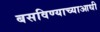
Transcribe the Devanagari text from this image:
बसविण्याच्याआधी